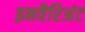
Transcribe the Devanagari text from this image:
इनवैरिअंट